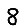
Digit: 8